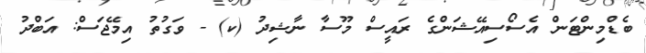
ބެޑްމިންޓަން އެސޯސިއޭޝަންގެ ރައީސް މޫސާ ނާޝިދު (ކ) - ވަގުތު އިމޭޖަސް: އަބްދު